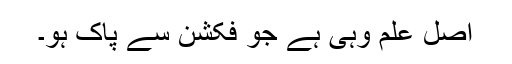
اصل علم وہی ہے جو فکشن سے پاک ہو۔